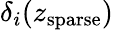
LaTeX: \delta_{i}(z_{\mathrm{sparse}})